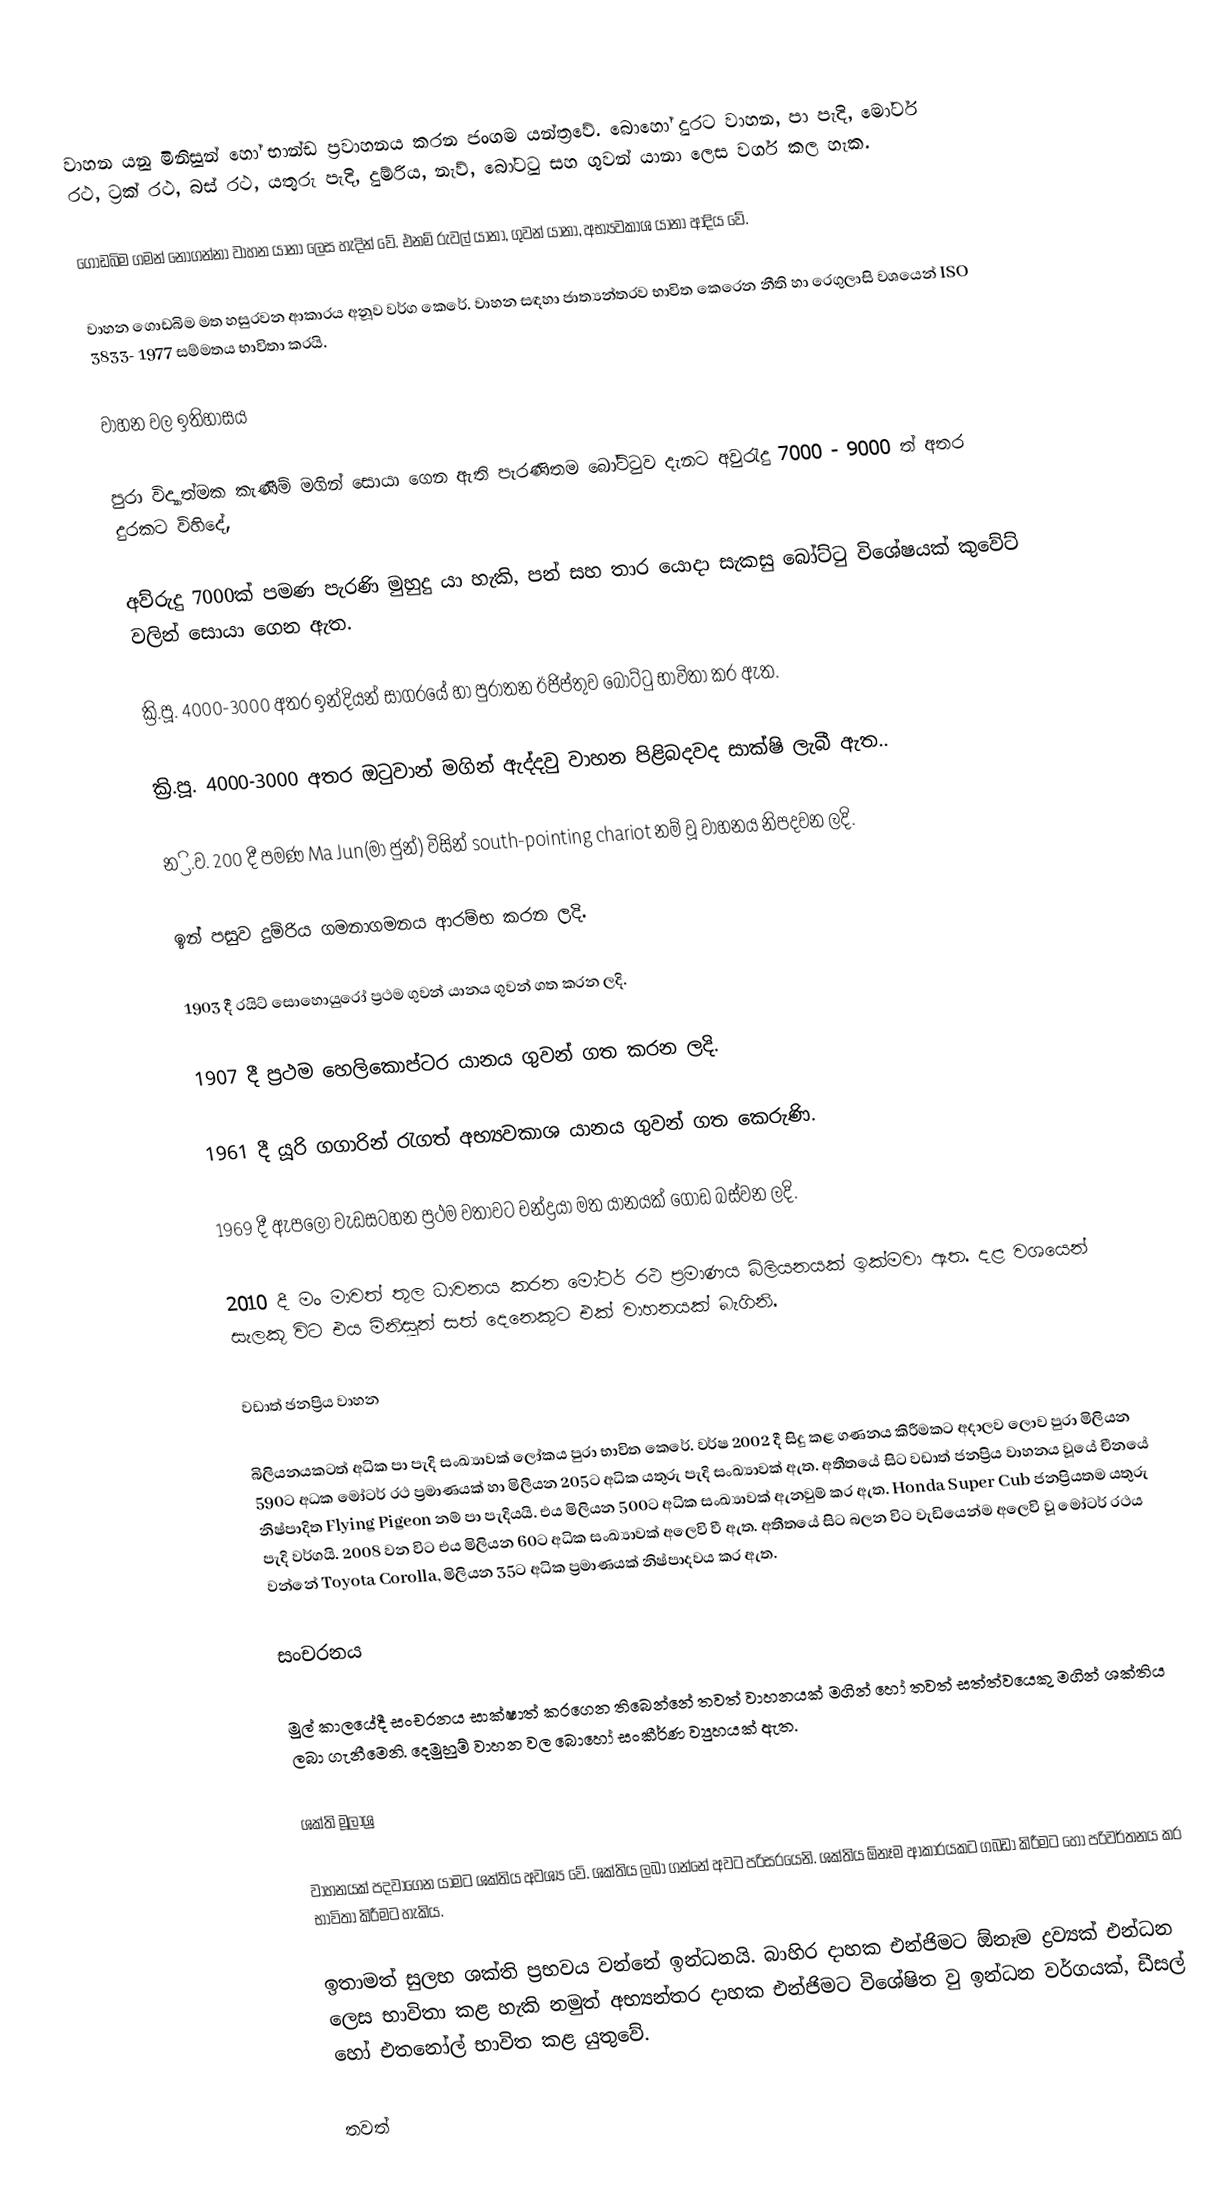
වාහන යනු මිනිසුන් හෝ භාන්ඩ ප්‍ර‍වාහනය කරන ජංගම යන්ත්‍ර‍වේ.  බොහෝ දුරට වාහන, පා පැදි, මෝටර් රථ, ට්‍ර‍ක්  රථ, බස්  රථ, යතුරු පැදි, දුම්රිය, නැව්, බෝටටු සහ ගුවන් යානා ලෙස වර්ග කල හැක.

ගොඩබිම ගමන් නොගන්නා වාහන යානා  ලෙස හැදින් වේ. එනම් රුවල් යානා, ගුවන් යානා, අභ්‍යවකාශ යානා ආදිය වේ.

වාහන ගොඩබිම මත හසුරවන ආකාරය අනූව වර්ග කෙරේ. වාහන සඳහා ජාත්‍යන්තරව භාවිත කෙරෙන නීති හා රෙගුලාසි වශයෙන් ISO 3833- 1977 සම්මතය භාවිතා කරයි.

වාහන වල ඉතිහාසය

පුරා විද්‍යාත්මක කැණීම් මගින් සොයා ගෙන ඇති පැරණිතම බෝට්ටුව දැනට අවුරැදු 7000 - 9000 ත් අතර දුරකට විහිදේ,

අව්රුදු 7000ක් පමණ පැරණි මුහුදු යා හැකි, පන් සහ තාර යොදා සැකසු බෝට්ටු විශේෂයක් කුවේට් වලින් සොයා ගෙන ඇත.

ක්‍රි.පූ. 4000-3000 අතර ඉන්දියන් සාගරයේ හා පුරාතන ඊජිප්තුව බෝට්ටු භාවිතා කර ඇත.

ක්‍රි.පූ. 4000-3000 අතර ඔටුවාන් මගින් ඇද්දවු වාහන පිළිබදවද සාක්ෂි ලැබී ඇත..

න්‍රි.ව. 200 දී පමණ  Ma Jun(මා ජුන්) විසින් south-pointing chariot නම් වූ වාහනය නිපදවන ලදි.

ඉන් පසුව දුම්රිය ගමනාගමනය ආරම්භ කරන ලදි.

1903 දී රයිට් සොහොයුරෝ ප්‍ර‍ථම ගුවන් යානය ගුවන් ගත කරන ලදි.

1907 දී ප්‍ර‍ථම හෙලිකොප්ටර යානය ගුවන් ගත කරන ලදි.

1961 දී යූරි ගගාරින් රැගත් අභ්‍යවකාශ යානය ගුවන් ගත කෙරුණි.

1969 දී ඇපලෝ වැඩසටහන ප්‍රථම වතාවට චන්ද්‍ර‍යා මත යානයක් ගොඩ බස්වන ලදි.

2010 දී මං මාවත් තුල ධාවනය කරන මෝටර් රථ ප්‍ර‍මාණය බිලියනයක් ඉක්මවා ඇත. දළ වශයෙන් සැලකූ විට එය මිනිසුන් සත් දෙනෙකුට එක් වාහනයක් බැගිනි.

වඩාත් ඡනප්‍රිය වාහන

බිලියනයකටත් අධික පා පැදි සංඛ්‍යාවක් ලෝකය පුරා භාවිත කෙරේ.   වර්ෂ 2002 දී සිදු කළ ගණනය කිරීමකට අදාලව ලොව පුරා මිලියන 590ට අධක මෝටර් රථ ප්‍ර‍මාණයක් හා මිලියන 205ට අධික යතුරු පැදි සංඛ්‍යාවක් ඇත.  අතීතයේ සිට වඩාත් ජනප්‍රිය වාහනය වූයේ චීනයේ නිෂ්පාදිත Flying Pigeon නම් පා පැදියයි. එය මිලියන 500ට අධික සංඛ්‍යාවක් ඇනවුම් කර ඇත. Honda Super Cub ජනප්‍රියතම යතුරු පැදි වර්ගයි. 2008 වන විට එය මිලියන 60ට අධික සංඛ්‍යාවක් අලෙවි වී ඇත. අතීතයේ සිට බලන විට වැඩියෙන්ම අලෙවි වූ මෝටර් රථය වන්නේ Toyota Corolla, මිලියන 35ට අධික ප්‍ර‍මාණයක් නිෂ්පාදවය කර ඇත.

සංචරනය

මුල් කාලයේදී සංචරනය සාක්ෂාත් කරගෙන තිබෙන්නේ තවත් වාහනයක් මගින් හෝ තවත් සත්ත්වයෙකු මගින් ශක්තිය ලබා ගැනීමෙනි. දෙමුහුම් වාහන වල බොහෝ සංකීර්ණ ව්‍යුහයක් ඇත.

ශක්ති මූලාශ්‍ර

වාහනයක් පදවාගෙන යාමට ශක්තිය අවශ්‍ය වේ. ශක්තිය ලබා ගන්නේ අවට පරිසරයෙනි. ශක්තිය ඕනෑම ආකාරයකට ගබඩා කිරීමට හෝ පරිවර්තනය කර භාවිතා කිරීමට හැකිය.

ඉතාමත් සුලභ ශක්ති ප්‍ර‍භවය වන්නේ ඉන්ධනයි. බාහිර දාහක එන්ජිමට ඕනෑම ද්‍ර‍ව්‍යක් එන්ධන ලෙස භාවිතා කළ හැකි නමුත් අභ්‍යන්තර දාහක එන්ජිමට විශේෂිත වු ඉන්ධන වර්ගයක්, ඩීසල් හෝ එතනෝල් භාවිත කළ යුතුවේ.

තවත්